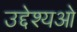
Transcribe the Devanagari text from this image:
उद्देश्यओ